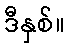
ဒီနှစ်။